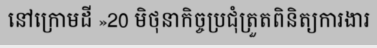
នៅក្រោមដី »20 មិថុនាកិច្ចប្រជុំត្រួតពិនិត្យការងារ